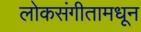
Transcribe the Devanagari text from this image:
लोकसंगीतामधून